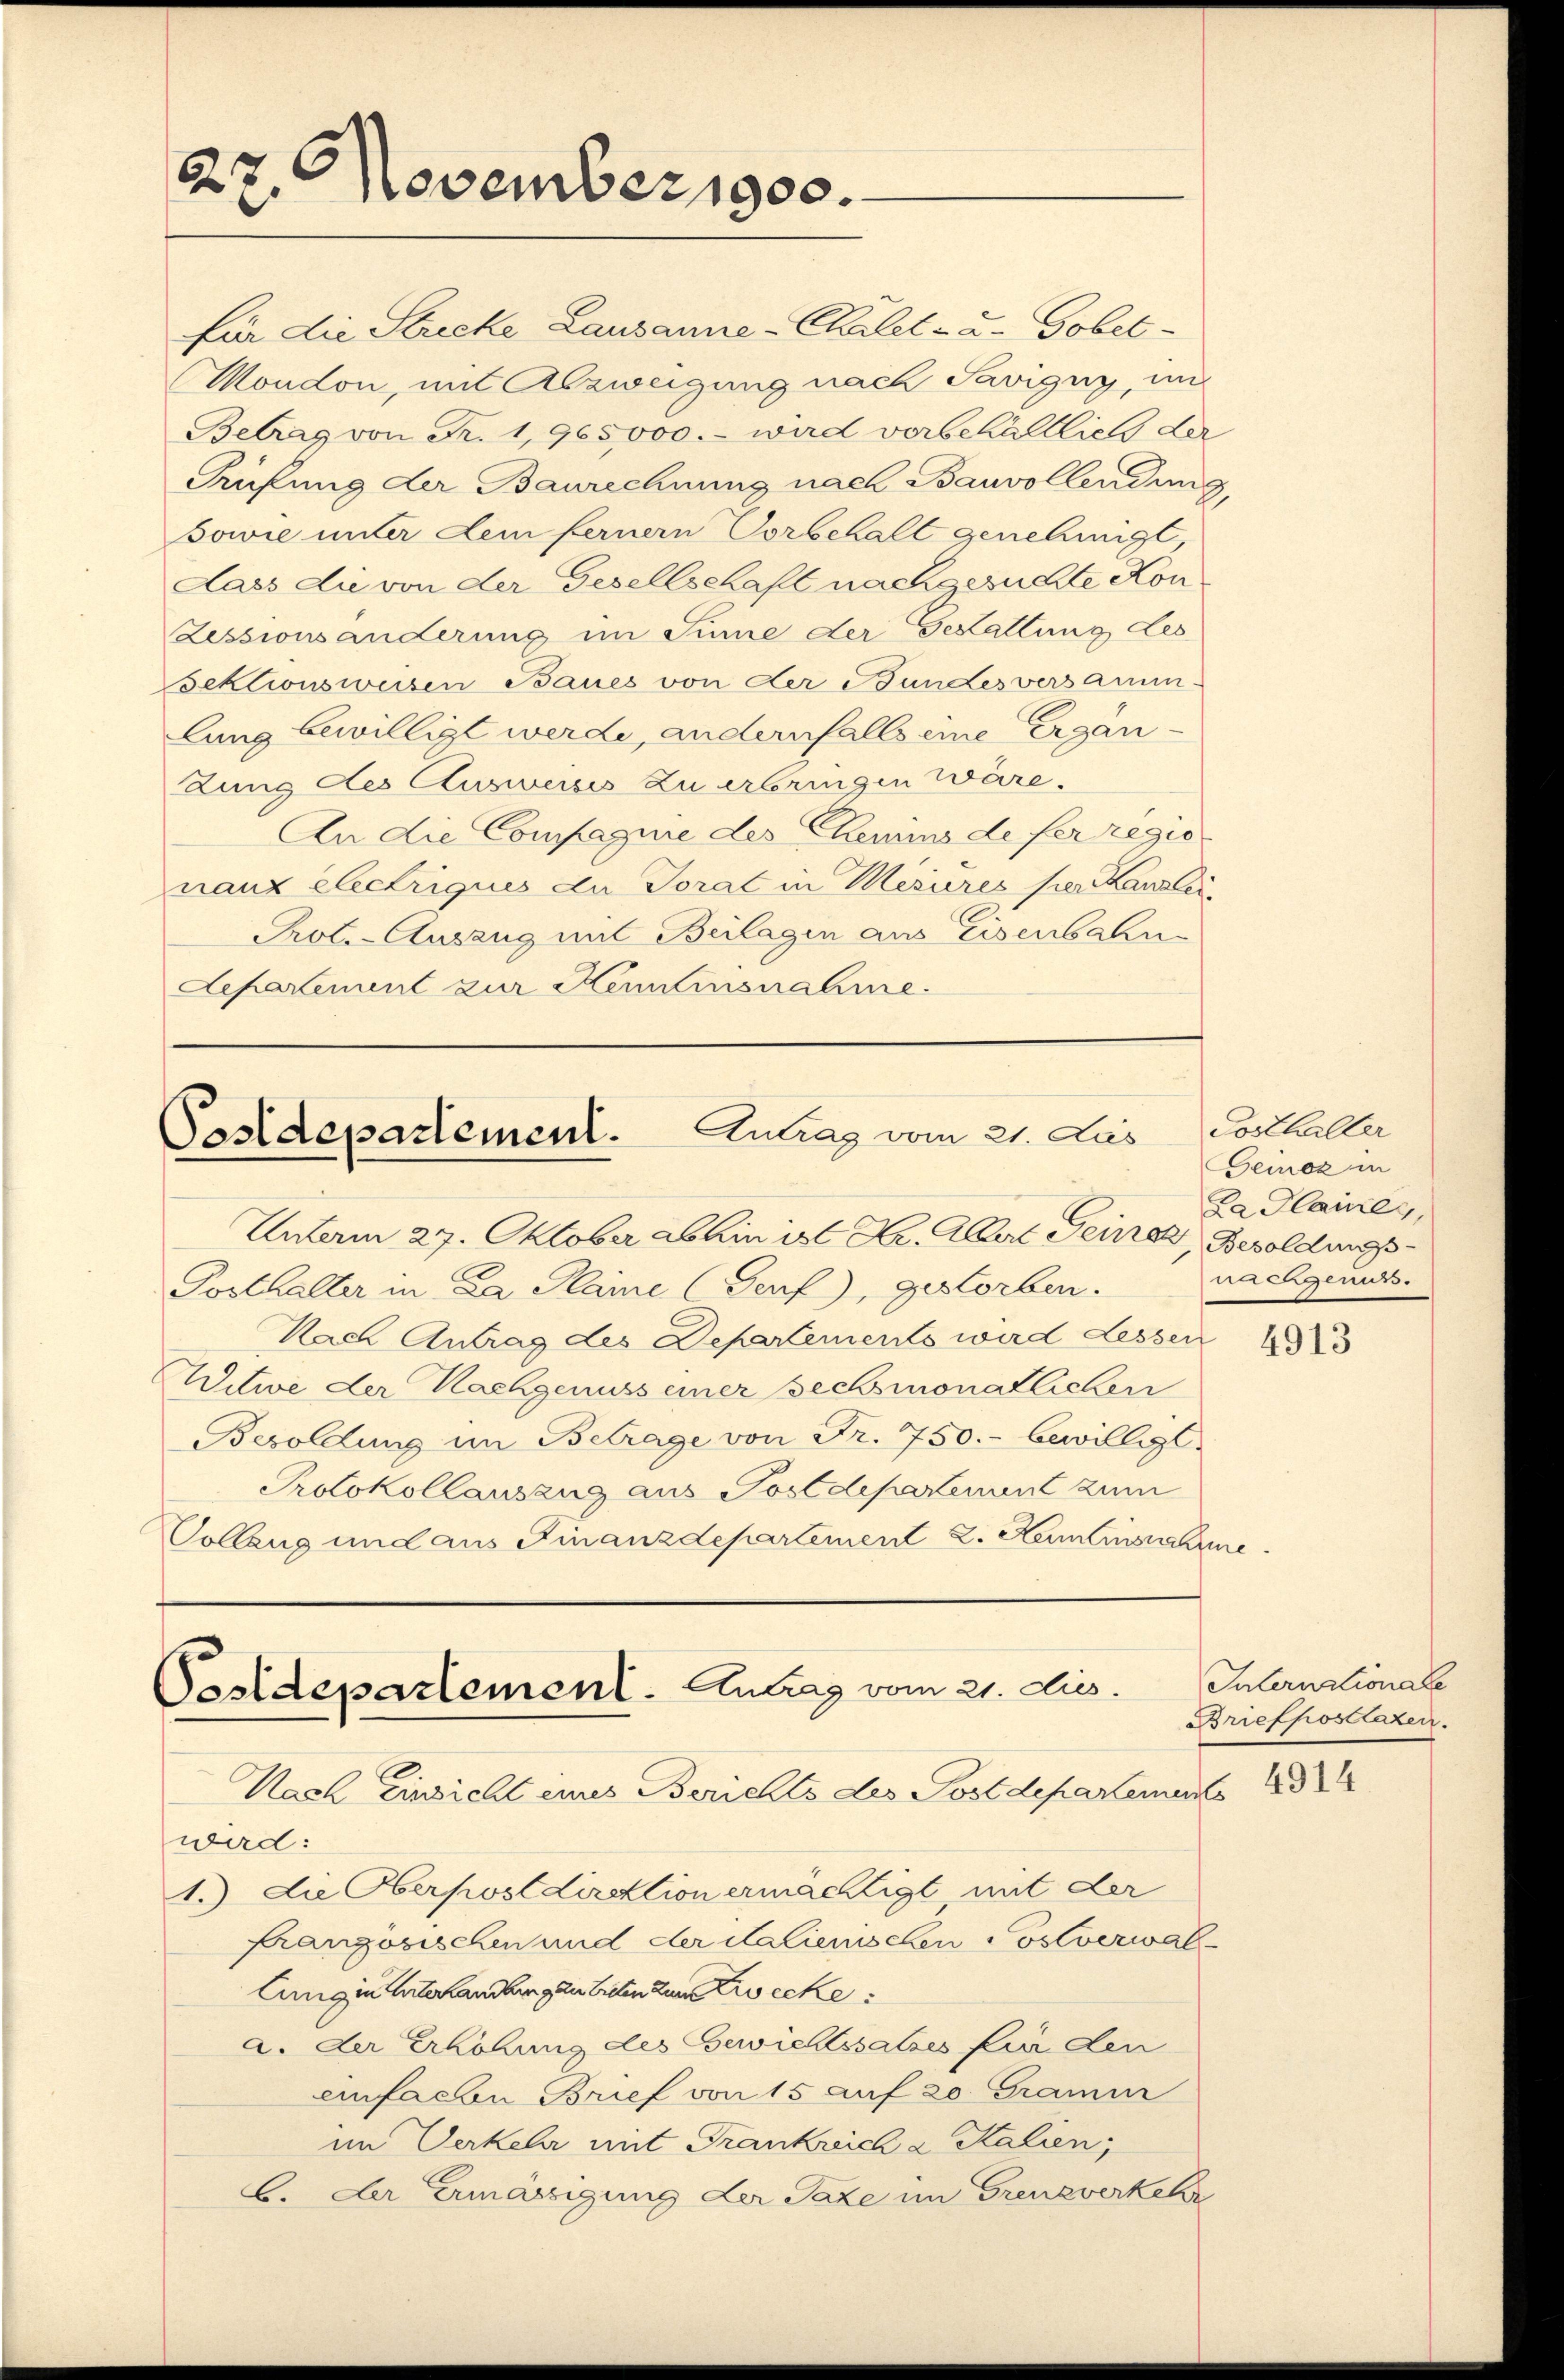
27. November 1900.

Postdepartement. Antrag vom 21. Jus
Unterm 27. Oktober abhin ist Hr. Aller Seine Besoldungs

Posthalter in Da Plane (Genf), gestorben.
Nach Antrag des Departements wird Lessen
Witwe der Nachgenuss einer sechsmonatlichen
Besoldung im Betrage von Fr. 750.- bewilligt.
Protokollauszug aus Postdepartement zum
Collang und aus Finanzdepartement 2. Kaminen

für die Strecke Lausanne-Chalet- u. Gobet-
Moudon, mit Abzweigung nach Savigny, in
Betrag von Fr. 1,965,000.- wird vorbehältlich der
Grüfung der Baurechnung nach Bauvollendung,
sowie unter dem ferner Vorbehalt genehmigt,
Lass die von der Gesellschaft nachgesuchte Kon
Zessionsänderung im Sinne der Gestattung des
Sektionsweisen Baues von der Bundes versamm-
lung bewilligt werde, andernfalls eine ergandung des Ausweises zu erbringen wäre.
An die Compagnie des Chemins de fer regio
nanz electriques du Torat in Mesieres her Kanzlei
Prot. - Auszug mit Beilagen aus Eisenbahn
Separtement zur Kenntinsnahme.

wird:
1.) Die Oberpostdirektion ermächtigt mit der
französischen und der Salienischen Postverwallung in Arterhandlungen treten zum Zwecke
a. Der Erhöhung des Gewichtssatzes für den
einfachen Brief von 15 auf 20 Gramm
im Verkehr mit Frankreich a Salien,
C. Der Ermässigung der Taxe im Grenzverkehr

Postdepartement - Antrag vom 21. Diss.
Nach Einsicht eines Berichts des Postdepartements

Posthalter
Geinoz in
Da Haines,
wiegenuss.

4913

Internationale
Briefpostlazen.
4914